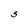
Character: S